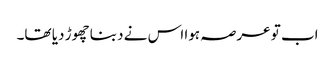
اب تو عرصہ ہوا اس نے دبنا چھوڑ دیا تھا۔